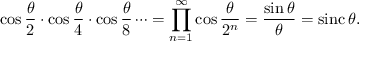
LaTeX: \cos { \frac { \theta } { 2 } } \cdot \cos { \frac { \theta } { 4 } } \cdot \cos { \frac { \theta } { 8 } } \cdots = \prod _ { n = 1 } ^ { \infty } \cos { \frac { \theta } { 2 ^ { n } } } = { \frac { \sin \theta } { \theta } } = \operatorname { s i n c } \theta .